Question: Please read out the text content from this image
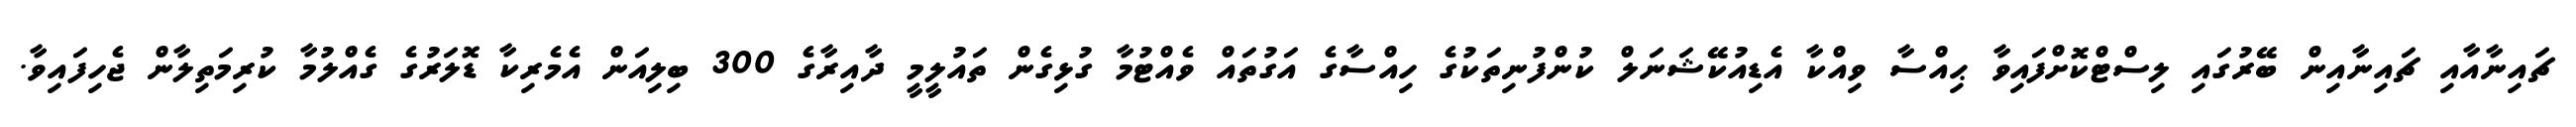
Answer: ޗައިނާއާއި ޗައިނާއިން ބޭރުގައި ލިސްޓްކޮށްފައިވާ ޙިއްސާ ވިއްކާ އެޑިއުކޭޝަނަލް ކުންފުނިތަކުގެ ހިއްސާގެ އަގުތައް ވެއްޓުމާ ގުޅިގެން ތައުލީމީ ދާއިރާގެ 300 ބިލިއަން އެމެރިކާ ޑޮލަރުގެ ގެއްލުމާ ކުރިމަތިލާން ޖެހިފައިވާ.